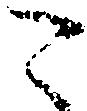
こ